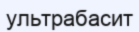
ультрабасит